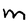
Character: M